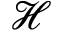
\mathcal { H }